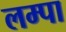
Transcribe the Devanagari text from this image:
लम्पा